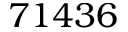
7 1 4 3 6